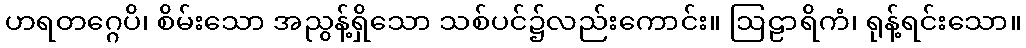
ဟရတဂ္ဂေပိ၊ စိမ်းသော အညွန့်ရှိသော သစ်ပင်၌လည်းကောင်း။ ဩဠာရိကံ၊ ရုန့်ရင်းသော။